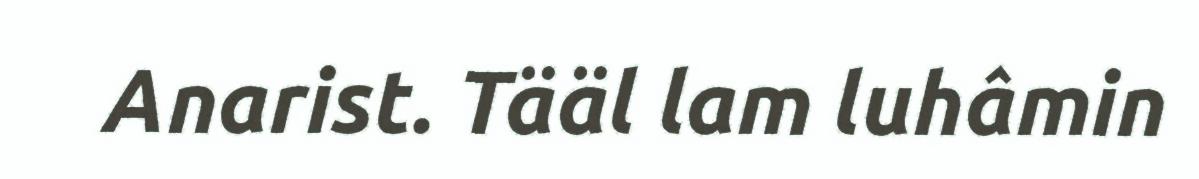
Anarist. Tääl lam luhâmin